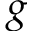
g